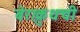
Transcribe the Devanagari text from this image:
बेराक्रुथची